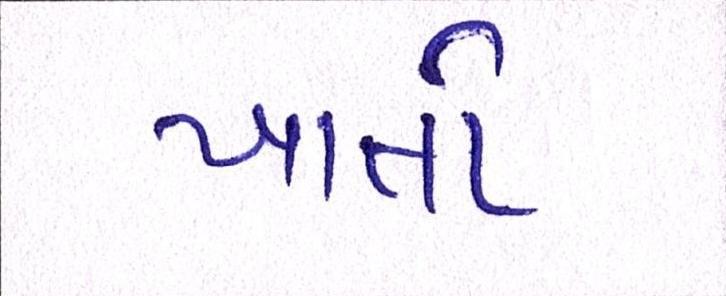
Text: ખાતો